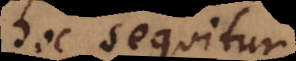
hoc sequitur,